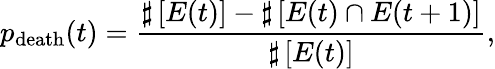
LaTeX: p_{\mathrm{death}}(t)=\frac{\sharp\left[{E(t)}\right]-\sharp\left[{E(t)\cap E(t+1)}\right]}{\sharp\left[{E(t)}\right]},